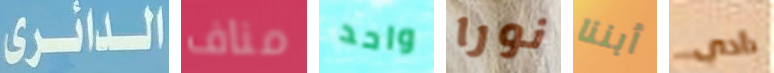
الدائرى مناف واحد نورا أبننا دادي